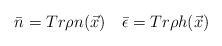
\begin{align*}\bar{n}=Tr\rho n(\vec{x})\quad \bar{\epsilon}=Tr\rho h(\vec{x})\end{align*}